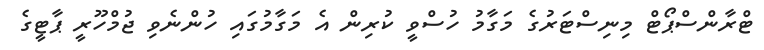
ޓްރާންސްޕޯޓް މިނިސްޓަރުގެ މަގާމު ހުސްވީ ކުރިން އެ މަގާމުގައި ހުންނެވި ޖުމްހޫރީ ޕާޓީގެ